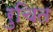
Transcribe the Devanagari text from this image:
रुचित